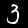
Label: 3